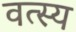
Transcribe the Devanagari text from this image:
वत्स्य